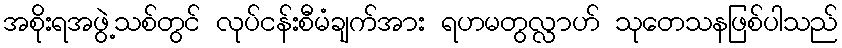
အစိုးရအဖွဲ့သစ်တွင် လုပ်ငန်းစီမံချက်အား ရဟမတွလ္လာဟ် သုတေသနဖြစ်ပါသည်